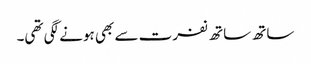
ساتھ ساتھ نفرت سے بھی ہونے لگی تھی۔